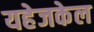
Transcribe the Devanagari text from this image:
यहेजकेल